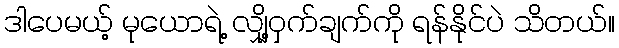
ဒါပေမယ့် မုယောရဲ့ လျှို့ဝှက်ချက်ကို ရန်နိုင်ပဲ သိတယ်။